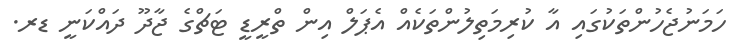
ހަމަނުޖެހުންތަކުގައި އާ ކުރިމަތިލުންތަކެއް އެޕަލް އިން ތްރީޑީ ޓަޗްގެ ޖާދޫ ދައްކަނީ ޑރ.